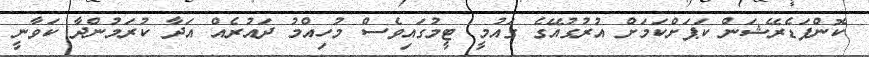
ކޮންފަޑެރޭޝަން ކަޕަށްކަމަށް އުރުގުއޭގެ ގައުމީ ޓީމުގައިވެސް މުހިއްމު ދައުރެއް އަދާ ކުރަމުންދާ ކަވާނީ